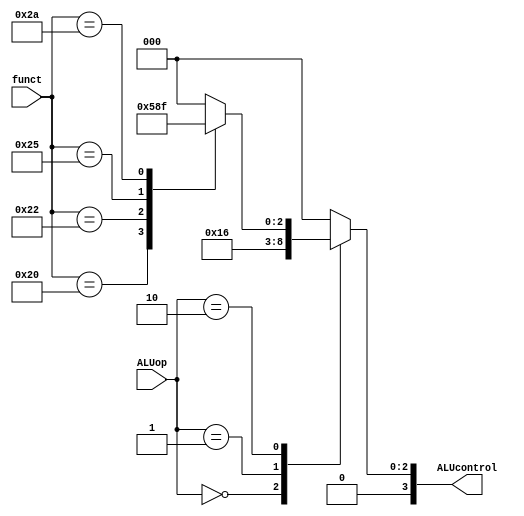
`timescale 1ns / 1ps
//////////////////////////////////////////////////////////////////////////////////
// Company: 
// Engineer: 
// 
// Design Name: 
// Module Name: ALUcontrol
// Project Name: 
// Target Devices: 
// Tool Versions: 
// Description: 
// 
// Dependencies: 
// 
// Revision:
// Revision 0.01 - File Created
// Additional Comments:
// 
//////////////////////////////////////////////////////////////////////////////////


module ALUcontrol2(
ALUop, funct, ALUcontrol
    );
    input [1:0] ALUop;
    input [5:0] funct;
    output [3:0] ALUcontrol;
    
    reg [3:0] ALUcontrol;
    
    always@(ALUop || funct) begin
        case(ALUop)
            2'b00: // add
                ALUcontrol = 4'b0010;
            2'b01: // sub
                ALUcontrol = 4'b0110;
            2'b10: // r-type
                case (funct)
                    6'b100000: // add
                        ALUcontrol = 4'b0010;
                    6'b100010: // sub
                        ALUcontrol = 4'b0110;
                    6'b100100: // and
                        ALUcontrol = 4'b0000;
                    6'b100101: // or
                        ALUcontrol = 4'b0001;
                    6'b101010: // slt
                        ALUcontrol = 4'b0111;
                    default: 
                        ALUcontrol = 0;
                endcase
           default: 
                ALUcontrol = 0;
       endcase
   end
                 
endmodule